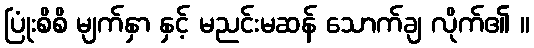
ပြုံးစိစိ မျက်နှာ နှင့် မညင်းမဆန် သောက်ချ လိုက်၏ ။